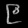
Digit: ၉